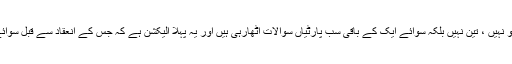
گویا میری صحافتی زندگی میں یہ پہلا الیکشن ہے کہ جس کی شفافیت سے متعلق ایک نہیں ، دو نہیں ، تین نہیں بلکہ سوائے ایک کے باقی سب پارٹیاں سوالات اٹھارہی ہیں اور یہ پہلا الیکشن ہے کہ جس کے انعقاد سے قبل سوائے ایک کے باقی سب بڑی جماعتیں کہہ رہی ہیں کہ انتخابات متنازع ہوگئے ہیں یا ہورہے ہیں۔